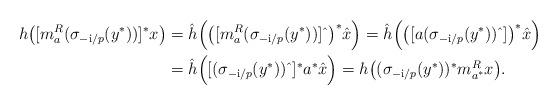
LaTeX: \begin{align*}h\big([m_a^R(\sigma_{-\mathrm i /p}(y^*))]^*x\big) &= \hat h \Big( \big([m_a^R(\sigma_{-\mathrm i /p}(y^*))]\,\hat{ } \,\big) ^*\hat x\Big)=\hat h \Big( \big([a(\sigma_{-\mathrm i /p}(y^*))\,\hat{ } \,]\big) ^*\hat x\Big)\\&=\hat h \Big( [(\sigma_{-\mathrm i /p}(y^*))\,\hat{ } \,]^*a^*\hat x\Big) = h\big( (\sigma_{-\mathrm i /p}(y^*))^* m_{a^*}^Rx \big).\end{align*}